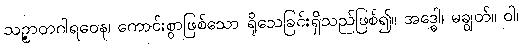
သဉ္ဇာတဂါရဝေန၊ ကောင်းစွာဖြစ်သော ရိုသေခြင်းရှိသည်ဖြစ်၍။ အဒ္ဓေါ၊ မချွတ်။ ဝါ၊